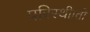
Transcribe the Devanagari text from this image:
परिस्थीाती